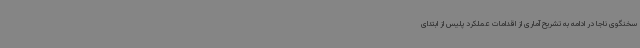
سخنگوی ناجا در ادامه به تشریح آماری از اقدامات عملکرد پلیس از ابتدای